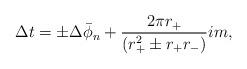
LaTeX: \begin{align*}\Delta t = \pm \Delta \bar \phi_n + {2\pi r_+ \over (r_+^2 \pm r_+r_-)} i m,\end{align*}